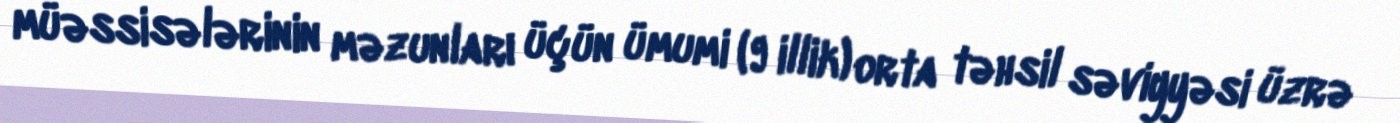
müəssisələrinin məzunları üçün ümumi (9 illik) orta təhsil səviyyəsi üzrə